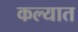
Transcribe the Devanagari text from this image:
कल्यात